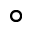
\circ